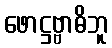
ဖောဋ္ဌဗ္ဗာဓိဘူ